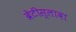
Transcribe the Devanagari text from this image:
ब्रेटीस्लावा